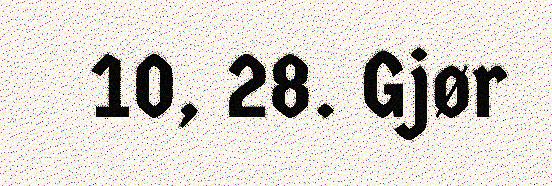
10, 28. Gjør